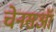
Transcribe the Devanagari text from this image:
चेनसऑ